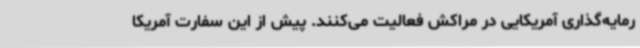
رمایه‌گذاری آمریکایی در مراکش فعالیت می‌کنند. پیش از این سفارت آمریکا